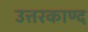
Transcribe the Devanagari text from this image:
उत्तरकाण्द